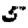
Digit: 5